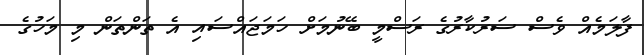
ފާލަމެއް ވެސް ސަރުކާރުގެ ރަސްމީ ބޭނުމަށް ހަމަޖައްސައި އެ ތަންތަން މި މަހުގެ